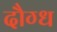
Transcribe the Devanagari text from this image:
दौग्ध